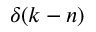
\delta ( k - n )